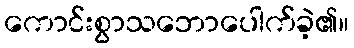
ကောင်းစွာသဘောပေါက်ခဲ့၏။